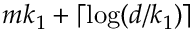
m k _ { 1 } + \lceil \log ( d / k _ { 1 } ) \rceil